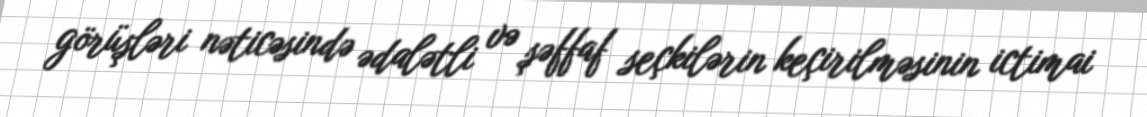
görüşləri nəticəsində ədalətli və şəffaf seçkilərin keçirilməsinin ictimai